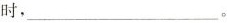
时，___。